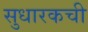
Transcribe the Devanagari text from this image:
सुधारकची